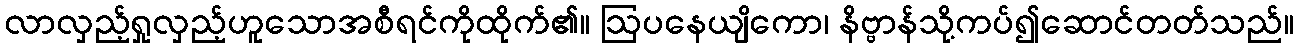
လာလှည့်ရှုလှည့်ဟူသောအစီရင်ကိုထိုက်၏။ ဩပနေယျိကော၊ နိဗ္ဗာန်သို့ကပ်၍ဆောင်တတ်သည်။